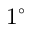
1 ^ { \circ }